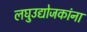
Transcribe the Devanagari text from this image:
लघुउद्योजकांना